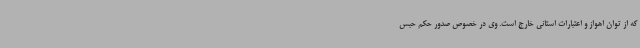
که از توان اهواز و اعتبارات استانی خارج است. وی در خصوص صدور حکم حبس